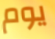
يوم